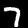
Label: 7